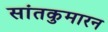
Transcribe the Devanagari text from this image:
सांतकुमारन